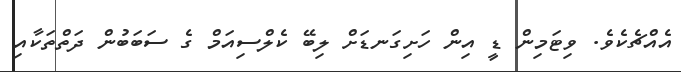
އެއްޗެކެވެ. ވިޓަމިން ޑީ އިން ހަށިގަނޑަށް ލިބޭ ކެލްސިއަމް ގެ ސަބަބުން ދަތްތަކާއި